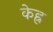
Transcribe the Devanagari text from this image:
केह्र